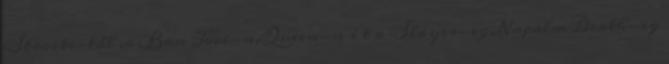
Straits-től ,a Bon Jovi-n,Queen-n í t a Slayer-ig,Napalm Death-ig